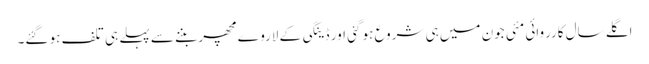
اگلے سال کارروائی مئی جون میں ہی شروع ہو گئی اور ڈینگی کے لاروے مچھر بننے سے پہلے ہی تلف ہو گئے۔